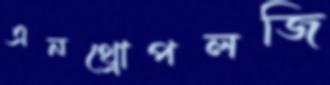
এনথ্রোপলজি